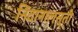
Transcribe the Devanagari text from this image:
निंदानालस्ती